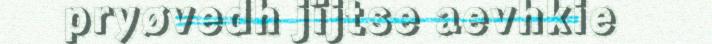
pryøvedh jïjtse aevhkie